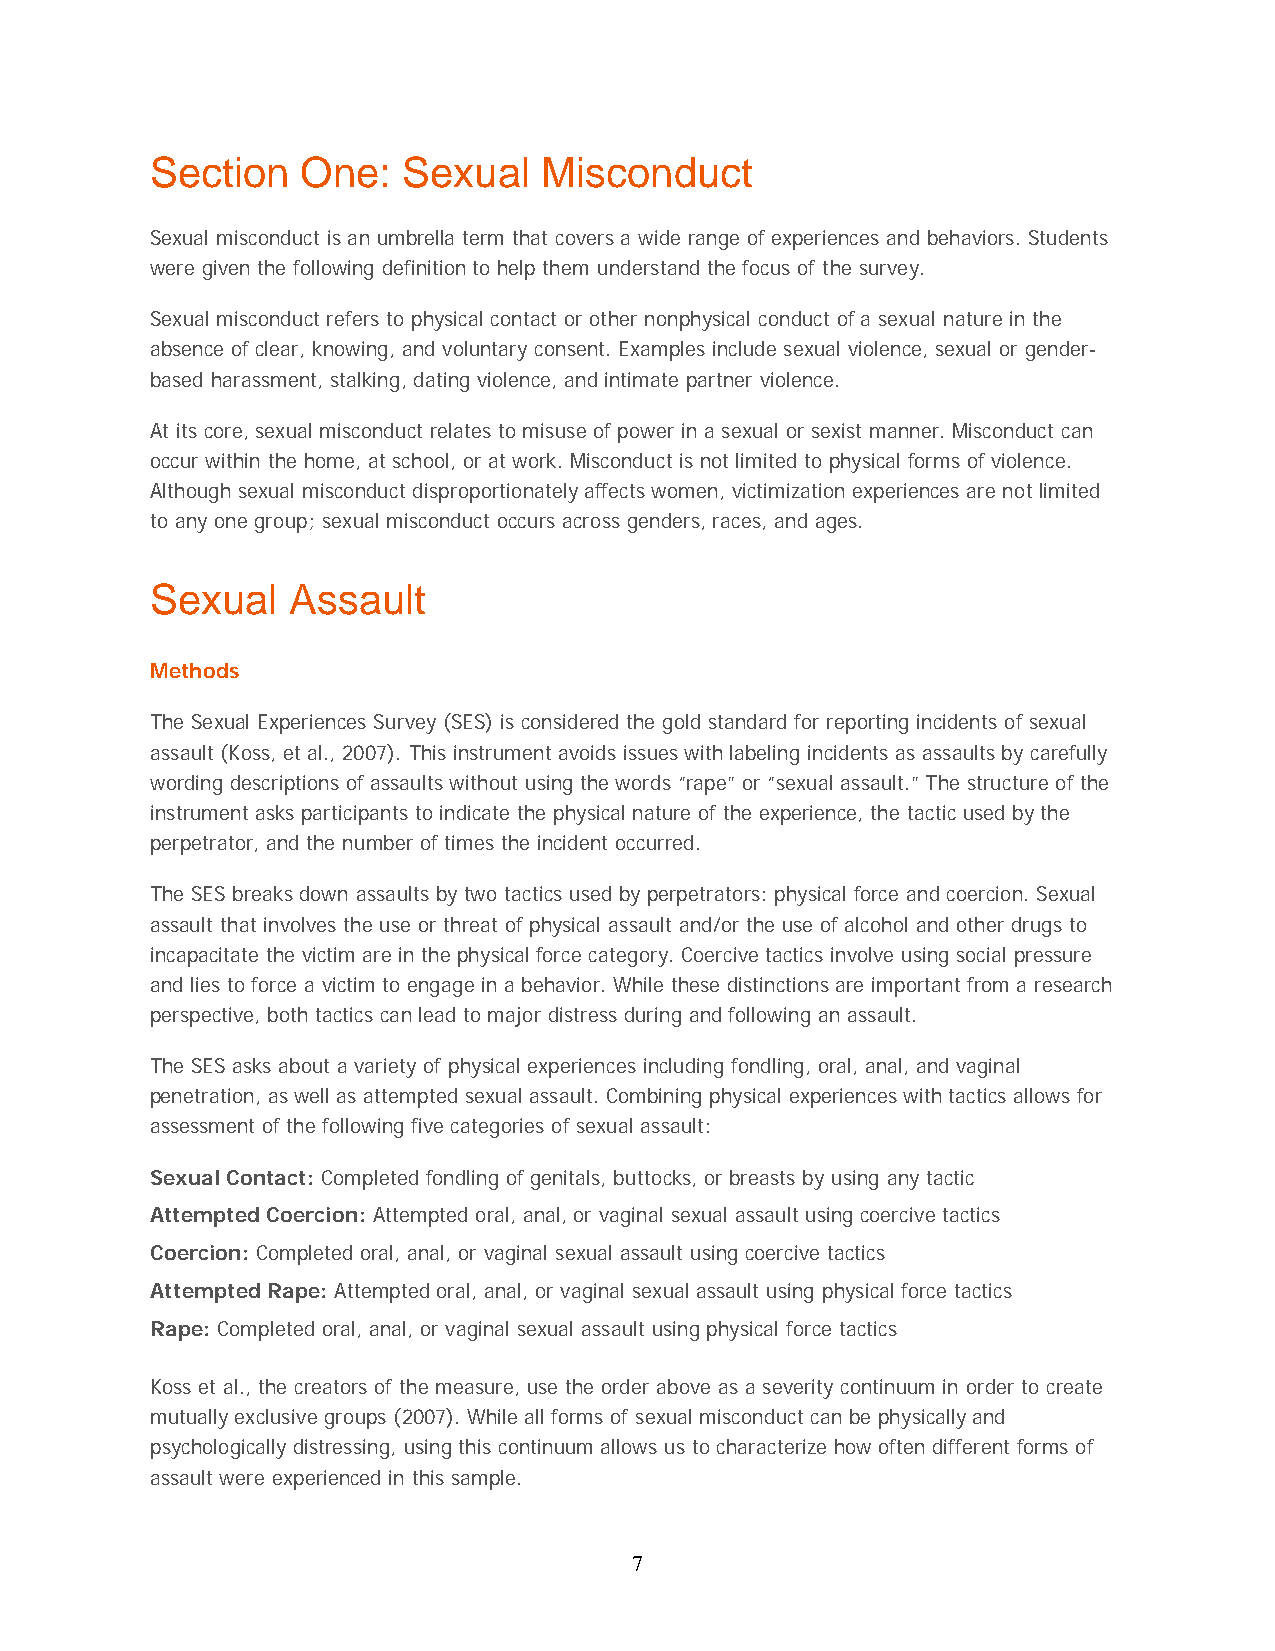
Section   One:   Sexual   Misconduct
 Sexual misconduct is an umbrella term that covers a wide range of experiences and behaviors. Students
 were given the following definition to help them understand the focus of the survey.
 Sexual misconduct refers to physical contact or other nonphysical conduct of a sexual nature in the
 absence of clear, knowing, and voluntary consent. Examples include sexual violence, sexual or gender-
 based harassment, stalking, dating violence, and intimate partner violence.
 At its core, sexual misconduct relates to misuse of power in a sexual or sexist manner. Misconduct can
 occur within the home, at school, or at work. Misconduct is not limited to physical forms of violence.
 Although sexual misconduct disproportionately affects women, victimization experiences are not limited
 to any one group; sexual misconduct occurs across genders, races, and ages.
 Sexual   Assault
 Methods
 The Sexual Experiences Survey (SES) is considered the gold standard for reporting incidents of sexual
 assault (Koss, et al., 2007). This instrument avoids issues with labeling incidents as assaults by carefully
 wording descriptions of assaults without using the words “rape” or “sexual assault.” The structure of the
 instrument asks participants to indicate the physical nature of the experience, the tactic used by the
 perpetrator, and the number of times the incident occurred.
 The SES breaks down assaults by two tactics used by perpetrators: physical force and coercion. Sexual
 assault that involves the use or threat of physical assault and/or the use of alcohol and other drugs to
 incapacitate the victim are in the physical force category. Coercive tactics involve using social pressure
 and lies to force a victim to engage in a behavior. While these distinctions are important from a research
 perspective, both tactics can lead to major distress during and following an assault.
 The SES asks about a variety of physical experiences including fondling, oral, anal, and vaginal
 penetration, as well as attempted sexual assault. Combining physical experiences with tactics allows for
 assessment of the following five categories of sexual assault:
 Sexual Contact: Completed fondling of genitals, buttocks, or breasts by using any tactic
 Attempted Coercion: Attempted oral, anal, or vaginal sexual assault using coercive tactics
 Coercion: Completed oral, anal, or vaginal sexual assault using coercive tactics
 Attempted Rape: Attempted oral, anal, or vaginal sexual assault using physical force tactics
 Rape: Completed oral, anal, or vaginal sexual assault using physical force tactics
 Koss et al., the creators of the measure, use the order above as a severity continuum in order to create
 mutually exclusive groups (2007). While all forms of sexual misconduct can be physically and
 psychologically distressing, using this continuum allows us to characterize how often different forms of
 assault were experienced in this sample.
 7